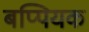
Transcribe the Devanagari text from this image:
बप्पियक